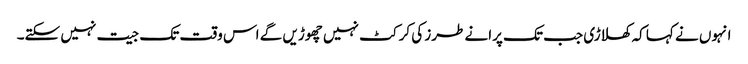
انہوں نے کہا کہ کھلاڑی جب تک پرانے طرز کی کرکٹ نہیں چھوڑیں گے اس وقت تک جیت نہیں سکتے۔